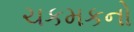
ચકમકનો